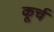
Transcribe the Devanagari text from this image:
कूर्च